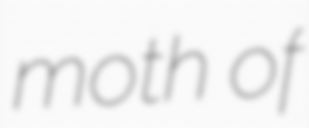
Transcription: moth of